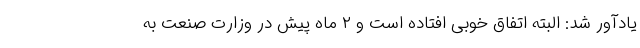
یادآور شد: البته اتفاق خوبی افتاده است و ۲ ماه پیش در وزارت صنعت به